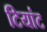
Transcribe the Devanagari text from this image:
टियांट